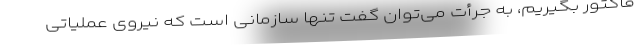
فاکتور بگیریم، به جرأت می‌توان گفت تنها سازمانی است که نیروی عملیاتی